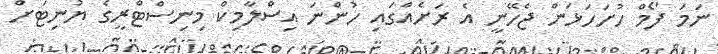
ނަމަ ފޯމް ހުށަހަޅަން ޖެހޭނީ އެ ރަށެއްގައި ހުންނަ އިސްލާމިކް މިނިސްޓްރީގެ ޔުނިޓަށް